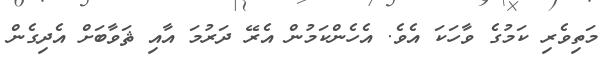
މަތިވެރި ކަމުގެ ވާހަކަ އެވެ. އެހެންކަމުން އެރޭ ދަރުމަ އާއި ޘަވާބަށް އެދިގެން